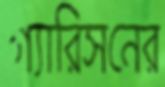
গ্যারিসনের